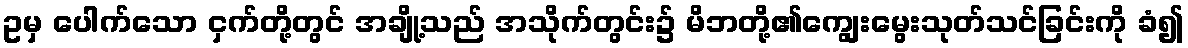
ဥမှ ပေါက်သော ငှက်တို့တွင် အချို့သည် အသိုက်တွင်း၌ မိဘတို့၏ကျွေးမွေးသုတ်သင်ခြင်းကို ခံ၍